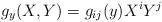
LaTeX: \begin{align*}g_y(X,Y)=g_{ij}(y)X^iY^j\end{align*}